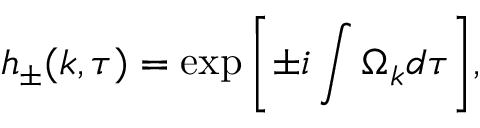
h _ { \pm } ( k , \tau ) = \exp { \biggl [ \pm i \int \Omega _ { k } d \tau \biggr ] } ,